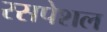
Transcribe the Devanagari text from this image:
रसपेशल